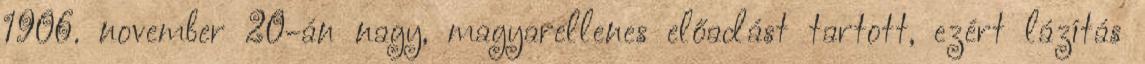
1906. november 20-án nagy, magyarellenes előadást tartott, ezért lázítás